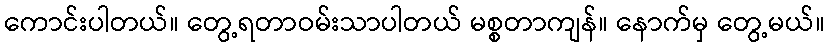
ကောင်းပါတယ်။ တွေ့ရတာဝမ်းသာပါတယ် မစ္စတာကျန်။ နောက်မှ တွေ့မယ်။